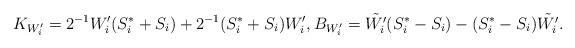
LaTeX: \begin{align*}K_{W_i'} = 2^{-1}W_i' (S_i^*+S_i) +2^{-1}(S_i^*+S_i)W_i', B_{W_i'} = \tilde{W_i'} (S_i^*-S_i) - (S_i^*-S_i) \tilde{W_i'}.\end{align*}